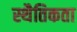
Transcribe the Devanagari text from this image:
स्थैतिकता